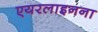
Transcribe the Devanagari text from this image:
एयरलाइनना